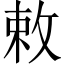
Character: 敕